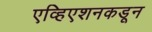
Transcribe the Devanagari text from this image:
एव्हिएशनकडून